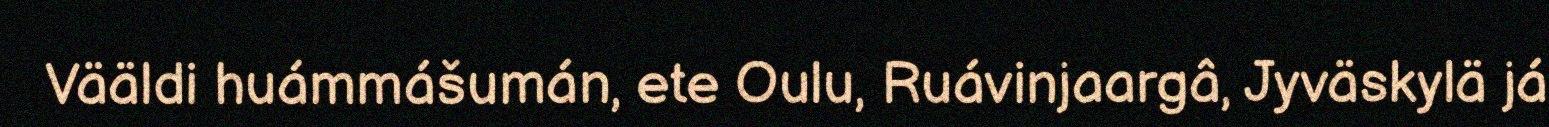
Vääldi huámmášumán, ete Oulu, Ruávinjaargâ, Jyväskylä já